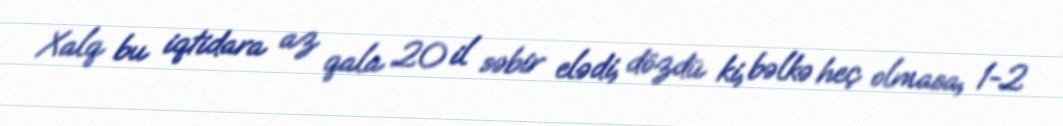
Xalq bu iqtidara az qala 20 il səbir elədi, dözdü ki, bəlkə heç olmasa, 1-2